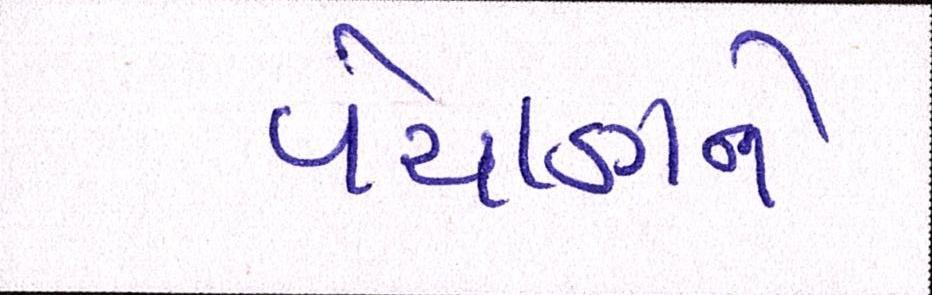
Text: વેચાણને